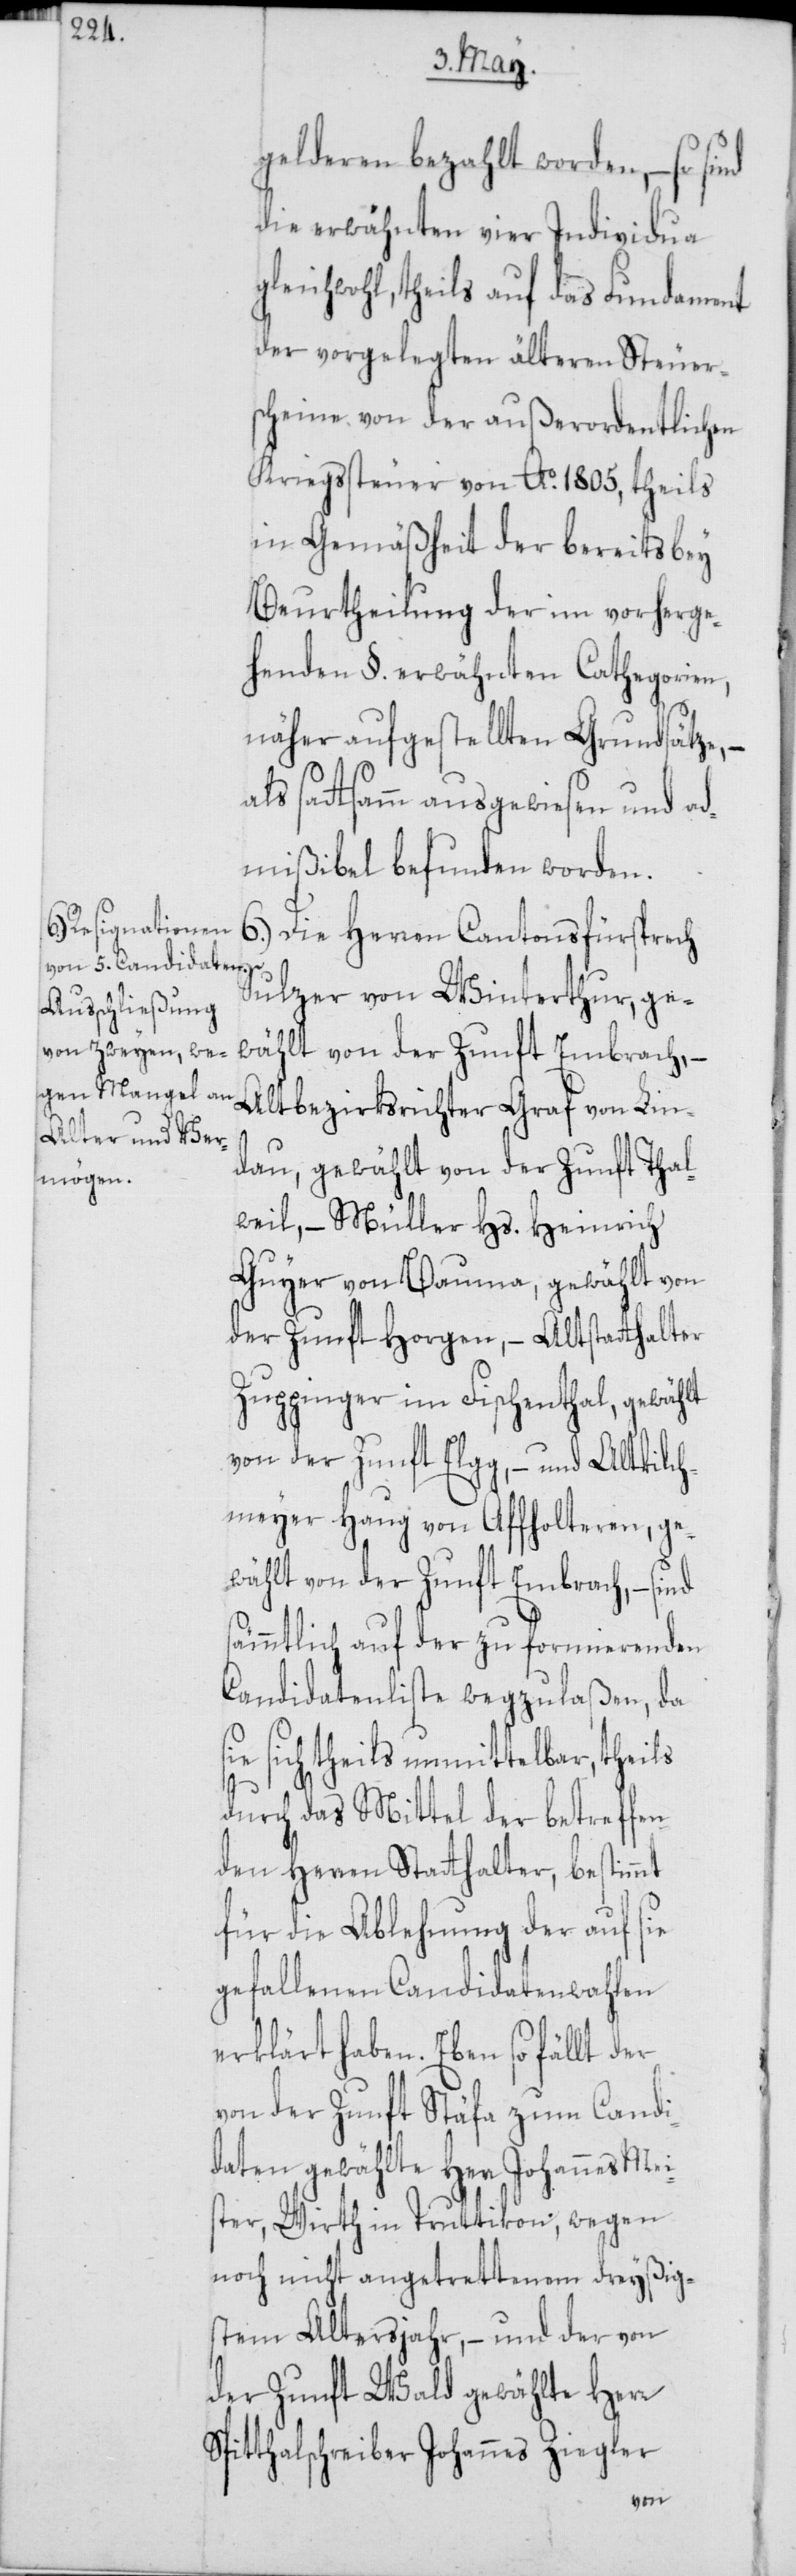
gelderen bezahlt worden, – so
die erwähnten vier Individua g¬
leichwohl, theils auf das Fundament
der vorgelegten älteren Steuer¬
scheine von der außerordentlichen
Kriegssteuer von Ao. 1805, theils
in Gemäßheit der bereits bey
Beurtheilung der im vorherge¬
henden §. erwähnten Cathegorien,
näher aufgestellten Grundsätze, –
als sattsamm ausgewiesen und ad¬
mißibel befunden worden.
6.) Die Herren Cantonsfürsprech
Sulzer von Winterthur, ge¬
wählt von der Zunft Embrach, –
Altbezirksrichter Graf von Lin¬
dau, gewählt von der Zunft Thal¬
weil, – Müller Hs. Heinrich
Guyer von Bauma, gewählt von
der Zunft Horgen, – Altstatthalter
Zuppinger im Fischenthal, gewählt
von der Zunft Elgg, – und Altkilch¬
meyer Haug von Affholteren, ge¬
wählt von der Zunft Embrach, – sind
sämmtlich auf der zu formierenden
Candidatenliste wegzulaßen, da
sich theils unmittelbar, theils
durch das Mittel der betreffen¬
den Herren Statthalter, bestimmt
für die Ablehnung der auf sie
gefallenen Canidatenwahlen
erklärt haben. Eben so fällt der
von der Zunft Stäfa zum Candi¬
daten gewählte Herr Johannes Mei¬
ster, Wirth in Truttikon, wegen
noch nicht angetrettenem dreyßig¬
stem Altersjahr, – und der von
der Zunft Wald gewählte Herr
Spitthalschreiber Johannes Ziegler